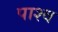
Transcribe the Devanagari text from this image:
पाश्व